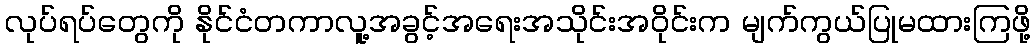
လုပ်ရပ်တွေကို နိုင်ငံတကာလူ့အခွင့်အရေးအသိုင်းအဝိုင်းက မျက်ကွယ်ပြုမထားကြဖို့